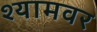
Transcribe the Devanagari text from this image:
श्यामवर